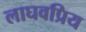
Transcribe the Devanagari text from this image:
लाघवप्रिय